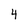
Character: 4